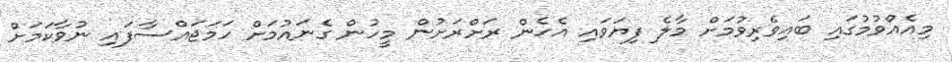
މިއެއްވުމުގައި ބައިވެރިވުމަށް މާލެ ފިޔަވައި އެހެން ރަށްރަށުން މީހުން ގެނައުމަށް ހަމަޖައްސާފައި ނުވާކަމަށް